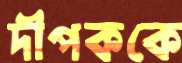
দীপককে